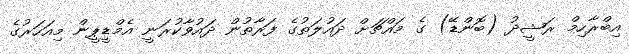
އިބްރާހިމް ރަޝީދު (ބޮންޑޭ) ގެ މައްޗަށް ދައުލަތުގެ ފަރާތުން ދައުވާކުރަނީ އެމްޑީޕީން މިއަަހަރުގެ